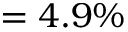
= 4 . 9 \%